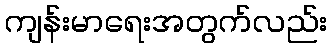
ကျန်းမာရေးအတွက်လည်း